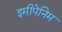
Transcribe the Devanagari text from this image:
इमीपेनिम